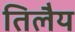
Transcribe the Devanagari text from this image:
तिलैय